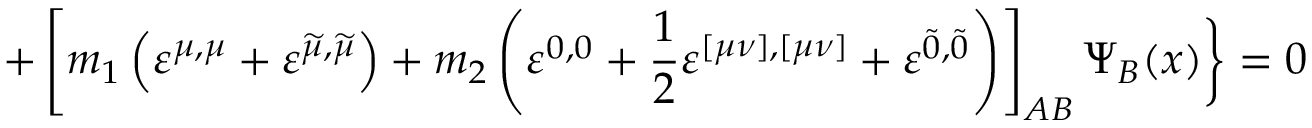
+ \left[ m _ { 1 } \left( \varepsilon ^ { \mu , \mu } + \varepsilon ^ { \widetilde { \mu } , \widetilde { \mu } } \right) + m _ { 2 } \left( \varepsilon ^ { 0 , 0 } + \frac 1 2 \varepsilon ^ { [ \mu \nu ] , [ \mu \nu ] } + \varepsilon ^ { \widetilde { 0 } , \widetilde { 0 } } \right) \right] _ { A B } \Psi _ { B } ( x ) \biggr \} = 0